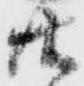
共